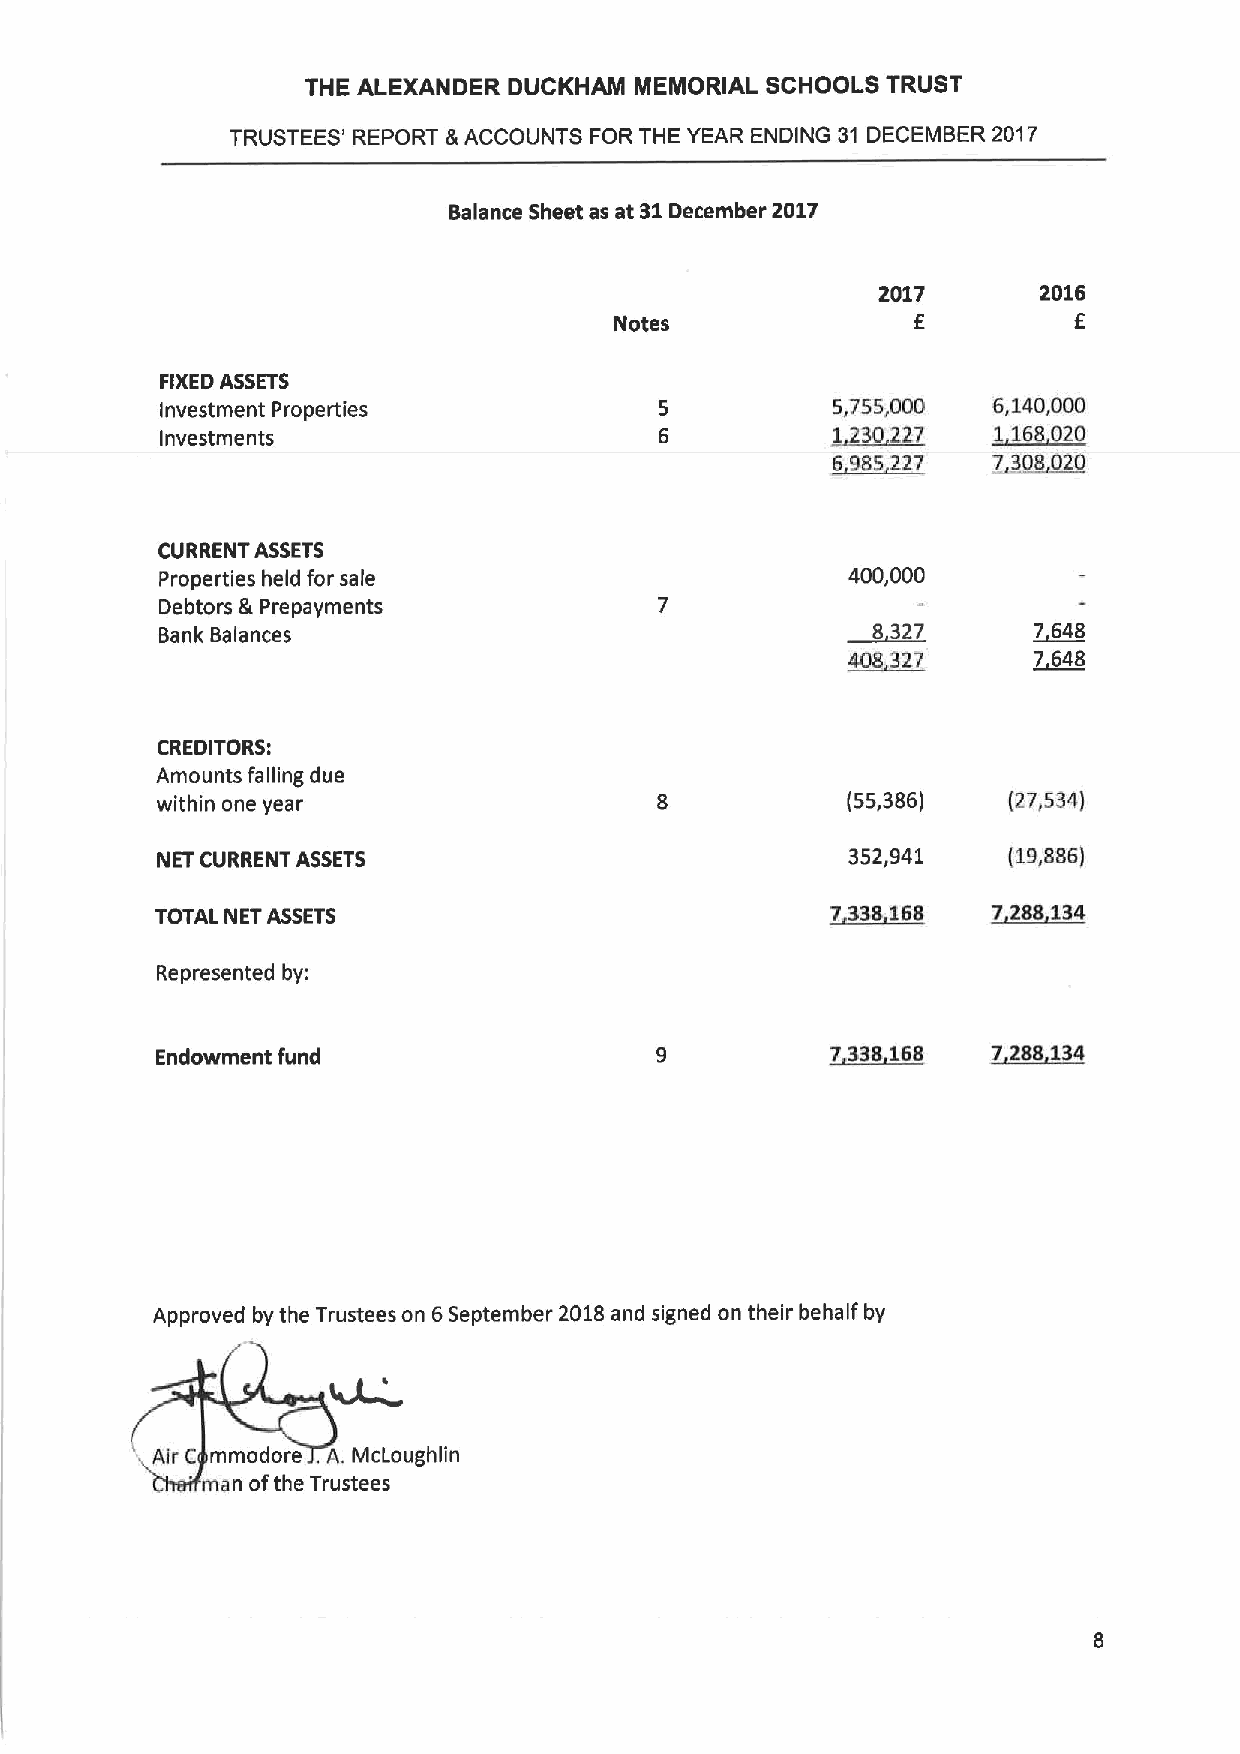
THE ALEXANDER DUCKHAM MEMORIAL SCHOOLS TRUST
 TRUSTEES' REPORT &ACCOUNTS FOR THE YEAR ENDING 31 DECEMBER 2017
 Balance Sheet as at 31December 2017
 2017       2016
 f          f
 Notes
 FIXEDASSETS
 Investment Properties                       5,755,000  6,140,000
 Investments                                 ~1230227   1168020
 ~6985227   7 308020
 CURRENT ASSETS
 Properties held for sale                     400,000
 Debtors &Prepayments
 Bank Balances                                  8 327     7 648
 408 327     7 648
 CREDITORS:
 Amounts falling due
 within one year                               (55,386)   (27,534)
 NET CURRENT ASSETS                            352,941    (19,886)
 TOTAL NET ASSETS                             ~7338168   ~7288134
 Represented by:
 Endowment fund                               7 338138   7 238 134
 Approved by the Trustees on 6September 2018and signed on their behalf by
 Air C mmodore, A. McLoughlin
 '
 man ofthe Trustees